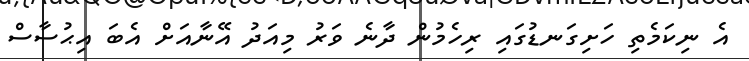
އެ ނިކަމެތި ހަށިގަނޑުގައި ރިހެމުން ދާނެ ވަރު މިއަދު އޭނާއަށް އެބަ އިޙުސާސް